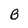
Character: B